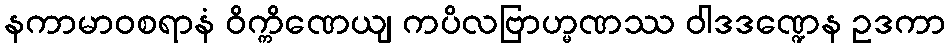
နကာမာဝစရာနံ ဝိက္ကိဏေယျ ကပိလဗြာဟ္မဏဿ ဝါဒဒဏ္ဍေန ဥဒကာ